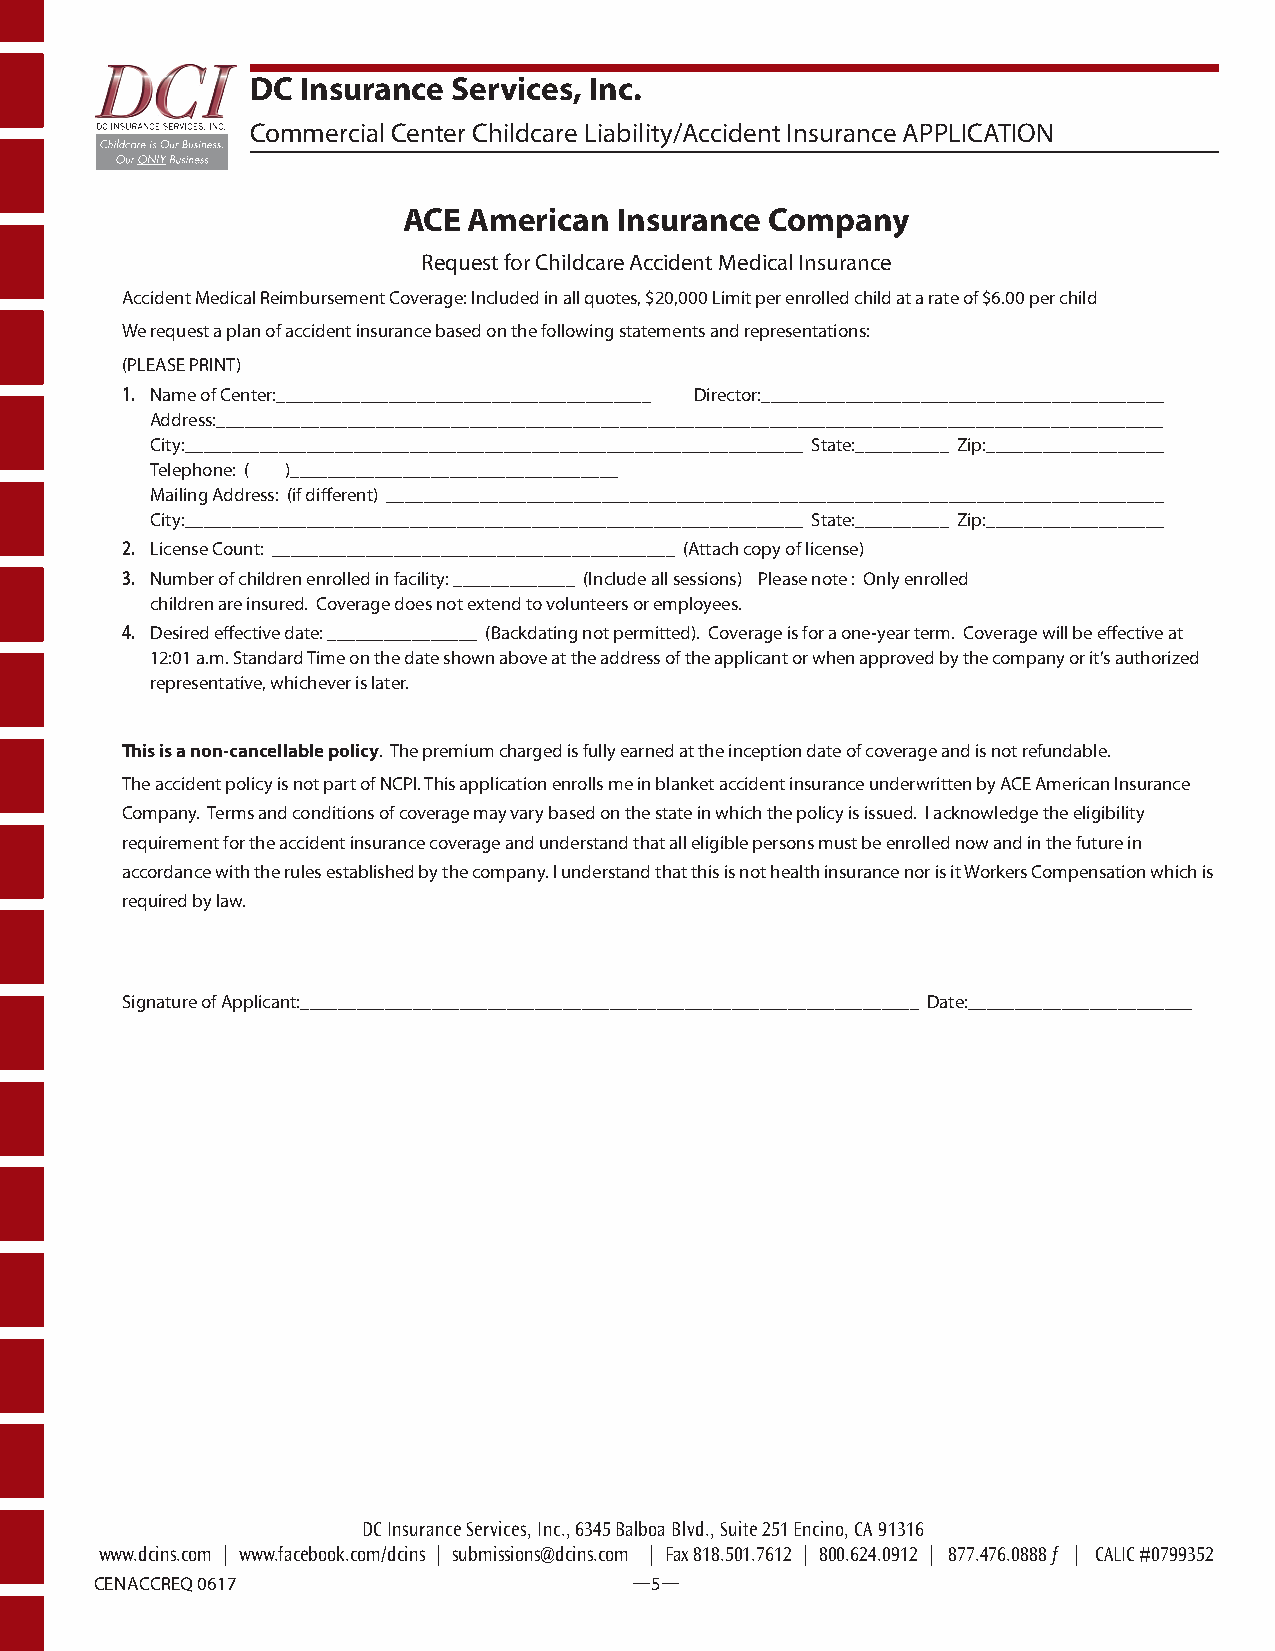
DC Insurance Services, Inc.
 Commercial Center Childcare Liability/Accident Insurance APPLICATION
 ACE American  Insurance Company
 Request for Childcare Accident Medical Insurance
 Accident Medical Reimbursement Coverage: Included in all quotes, $20,000 Limit per enrolled child at a rate of $6.00 per child
 We request a plan of accident insurance based on the following statements and representations:
 (PLEASE PRINT)
 1. Name of Center:________________________________________ Director:___________________________________________
 Address:_____________________________________________________________________________________________________
 City:__________________________________________________________________ State:__________ Zip:___________________
 Telephone: ( )___________________________________
 Mailing Address: (if different) ___________________________________________________________________________________
 City:__________________________________________________________________ State:__________ Zip:___________________
 2. License Count: ___________________________________________ (Attach copy of license)
 3. Number of children enrolled in facility: _____________ (Include all sessions) Please note : Only enrolled
 children are insured. Coverage does not extend to volunteers or employees.
 4. Desired effective date: ________________ (Backdating not permitted). Coverage is for a one-year term. Coverage will be effective at
 12:01 a.m. Standard Time on the date shown above at the address of the applicant or when approved by the company or it’s authorized
 representative, whichever is later.
 This is a non-cancellable policy. The premium charged is fully earned at the inception date of coverage and is not refundable.
 The accident policy is not part of NCPI. This application enrolls me in blanket accident insurance underwritten by ACE American Insurance
 Company. Terms and conditions of coverage may vary based on the state in which the policy is issued. I acknowledge the eligibility
 requirement for the accident insurance coverage and understand that all eligible persons must be enrolled now and in the future in
 accordance with the rules established by the company. I understand that this is not health insurance nor is it Workers Compensation which is
 required by law.
 Signature of Applicant:__________________________________________________________________ Date:________________________
 DC Insurance Services, Inc., 6345 Balboa Blvd., Suite 251 Encino, CA 91316
 www.dcins.com | www.facebook.com/dcins | submissions@dcins.com | Fax 818.501.7612 | 800.624.0912 | 877.476.0888f | CALIC #0799352
 CENACCREQ 0617                      —5—